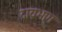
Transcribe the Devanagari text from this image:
दाय़भाग